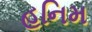
હનિમ